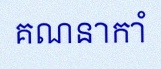
គណនាកាំ